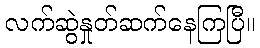
လက်ဆွဲနှုတ်ဆက်နေကြပြီ။